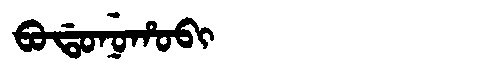
Manchu: ᠪᠣᡩᠣᠨᡠᡥᠣᠪᡳ
Romanization: BODONUHOBI